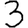
Digit: 3